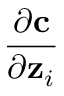
\frac { \partial \mathbf { c } } { \partial \mathbf { z } _ { i } }